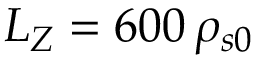
L _ { Z } = 6 0 0 \, \rho _ { s 0 }